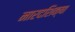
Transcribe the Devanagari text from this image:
नारदशिक्षा